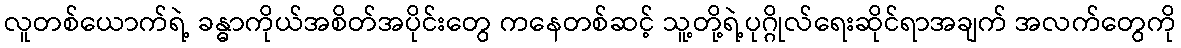
လူတစ်ယောက်ရဲ့ ခန္ဓာကိုယ်အစိတ်အပိုင်းတွေ ကနေတစ်ဆင့် သူ့တို့ရဲ့ပုဂ္ဂိုလ်ရေးဆိုင်ရာအချက် အလက်တွေကို